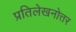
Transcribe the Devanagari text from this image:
प्रतिलेखनोत्तर